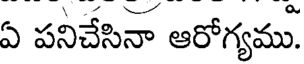
ఏ పనిచేసినా ఆరోగ్యము.